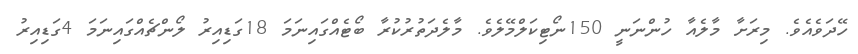
ހޭދަވެއެވެ. މިރަށާ މާލެއާ ހުންނަނީ 150ނޯޓިކަލްމޭލެވެ. މާލެދަތުރުކުރާ ބޯޓެއްގައިނަމަ 18ގަޑިއިރު ލޯންޗެއްގައިނަމަ 4ގަޑިއިރު